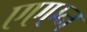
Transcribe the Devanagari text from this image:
एएएन